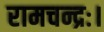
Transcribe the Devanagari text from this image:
रामचन्द्रः।